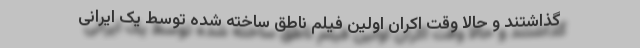
گذاشتند و حالا وقت اکران اولین فیلم ناطق ساخته شده توسط یک ایرانی